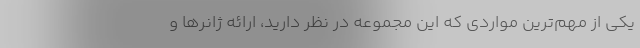
یکی از مهم‌ترین مواردی که این مجموعه در نظر دارید، ارائه ژانرها و